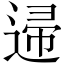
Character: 䢜